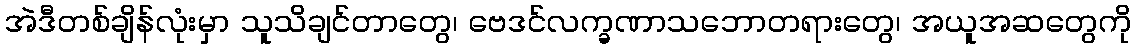
အဲဒီတစ်ချိန်လုံးမှာ သူသိချင်တာတွေ၊ ဗေဒင်လက္ခဏာသဘောတရားတွေ၊ အယူအဆတွေကို